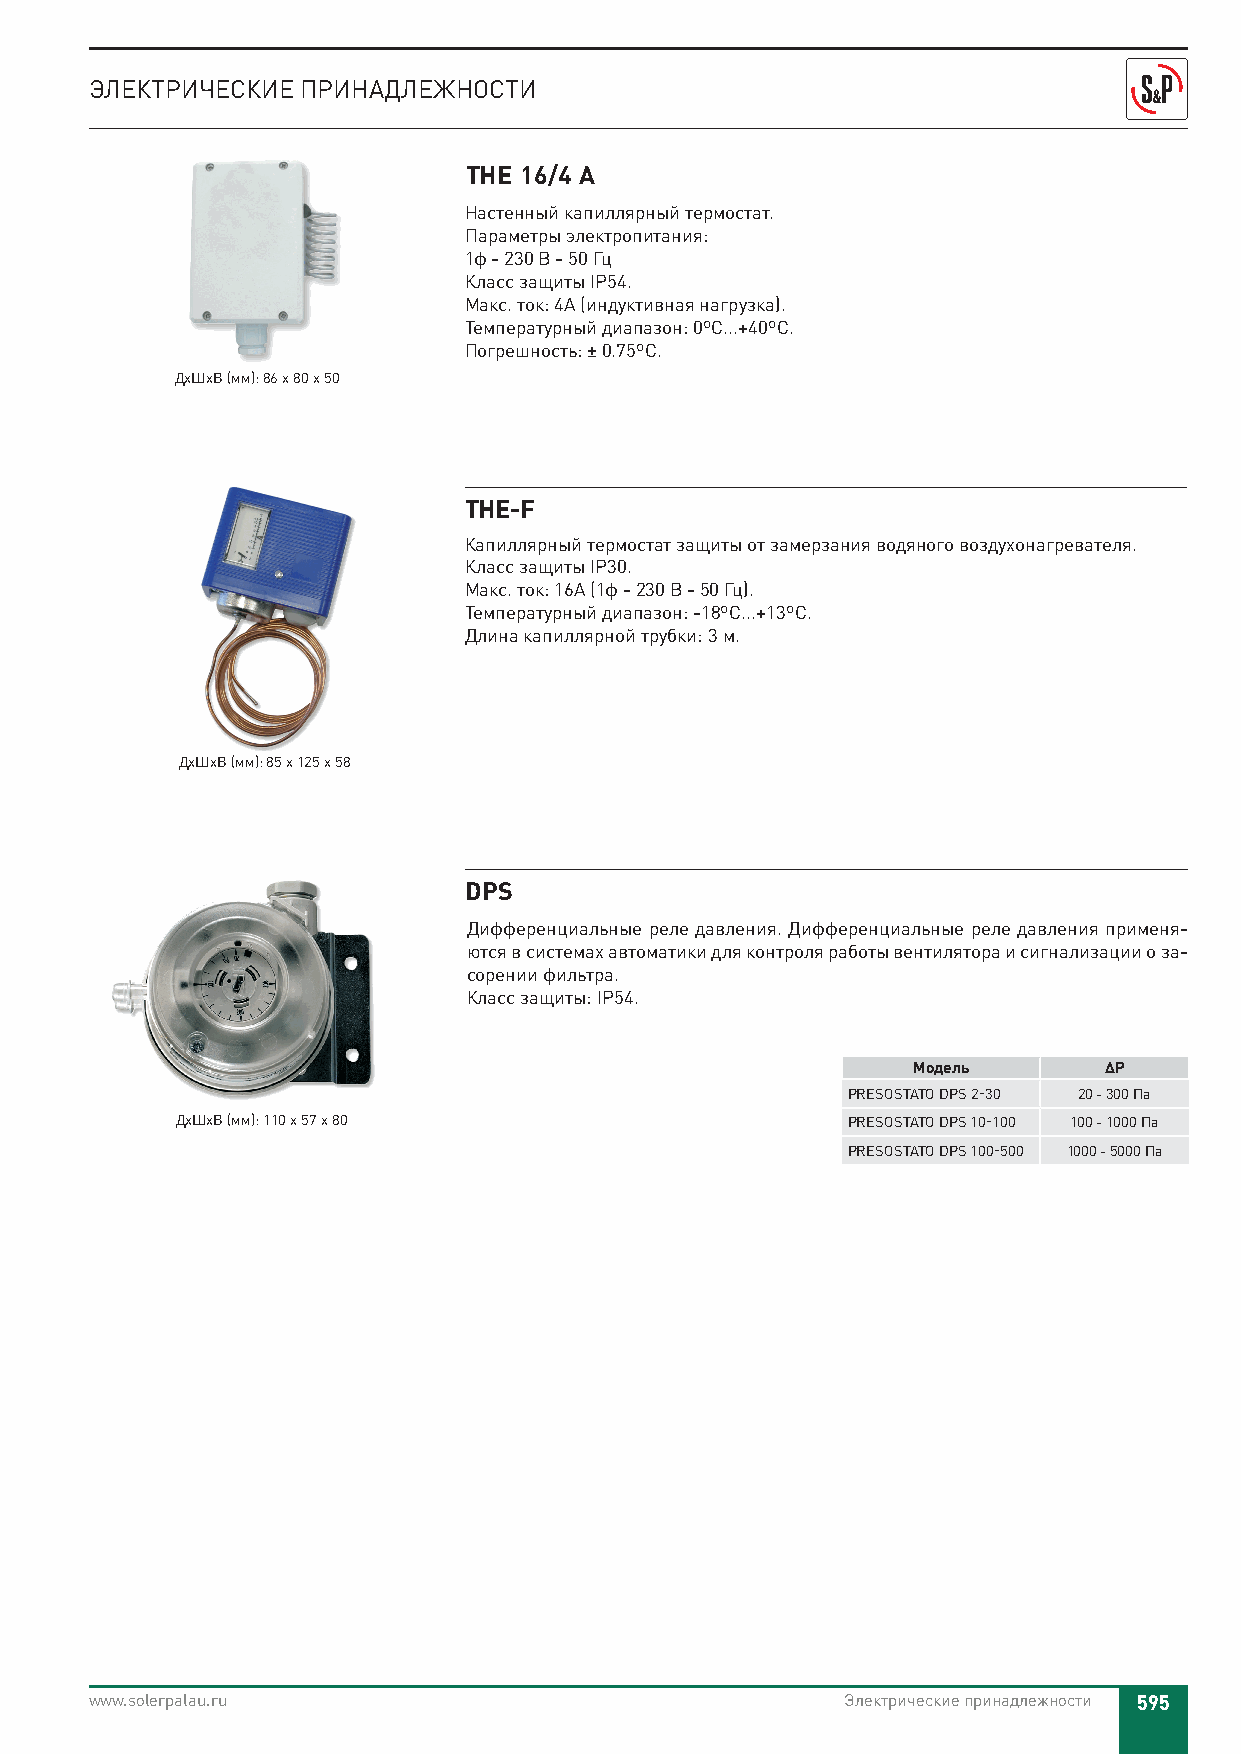
ЭЛЕКТРИЧЕСКИЕ ПРИНАДЛЕЖНОСТИ
 THE 16/4 A
 Настенный капиллярный термостат.
 Параметры электропитания:
 1ф - 230 В - 50 Гц
 Класс защиты IP54.
 Макс. ток: 4A (индуктивная нагрузка).
 Температурный диапазон: 0ºC...+40ºC.
 Погрешность: ± 0.75ºC.
 ДхШхВ (мм): 86 x 80 x 50
 THE-F
 Капиллярный термостат защиты от замерзания водяного воздухонагревателя.
 Класс защиты IP30.
 Макс. ток: 16A (1ф - 230 В - 50 Гц).
 Температурный диапазон: -18ºC...+13ºC.
 Длина капиллярной трубки: 3 м.
 ДхШхВ (мм): 85 x 125 x 58
 DPS
 Дифференциальные реле давления. Дифференциальные реле давления применя-
 ются в системах автоматики для контроля работы вентилятора и сигнализации о за-
 сорении фильтра.
 Класс защиты: IP54.
 Модель       ΔP
 PRESOSTATO DPS 2-30 20 - 300 Па
 ДхШхВ (мм): 110 x 57 x 80                   PRESOSTATO DPS 10-100 100 - 1000 Па
 PRESOSTATO DPS 100-500 1000 - 5000 Па
 www.solerpalau.ru                                 Электрические принадлежности 595